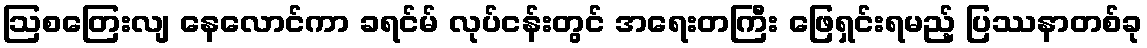
ဩစတြေးလျ နေလောင်ကာ ခရင်မ် လုပ်ငန်းတွင် အရေးတကြီး ဖြေရှင်းရမည့် ပြဿနာတစ်ခု